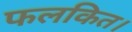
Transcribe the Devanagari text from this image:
फलकित।